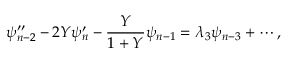
\psi _ { n - 2 } ^ { \prime \prime } - 2 Y \psi _ { n } ^ { \prime } - \frac { Y } { 1 + Y } \psi _ { n - 1 } = \lambda _ { 3 } \psi _ { n - 3 } + \cdots ,